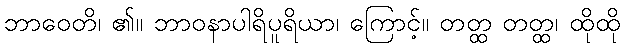
ဘာဝေတိ၊ ၏။ ဘာဝနာပါရိပူရိယာ၊ ကြောင့်။ တတ္ထ တတ္ထ၊ ထိုထို